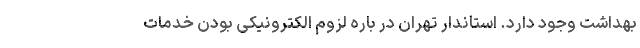
بهداشت وجود دارد. استاندار تهران در باره لزوم الکترونیکی بودن خدمات